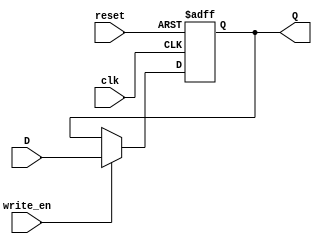
`timescale 1ns / 1ps

module register_16bit(
    input clk, reset,
    input write_en,
    input [15:0] D,
    output reg [15:0] Q
    );
    
    always @(posedge clk, negedge reset)
    begin
        if(!reset) Q <= 16'h0000;
        else if(write_en) Q <= D;
    end
    
endmodule